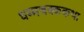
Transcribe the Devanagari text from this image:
धम्मचक्ककथा